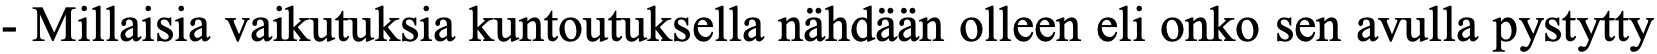
- Millaisia vaikutuksia kuntoutuksella nähdään olleen eli onko sen avulla pystytty